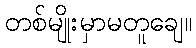
တစ်မျိုးမှာမတူချေ။